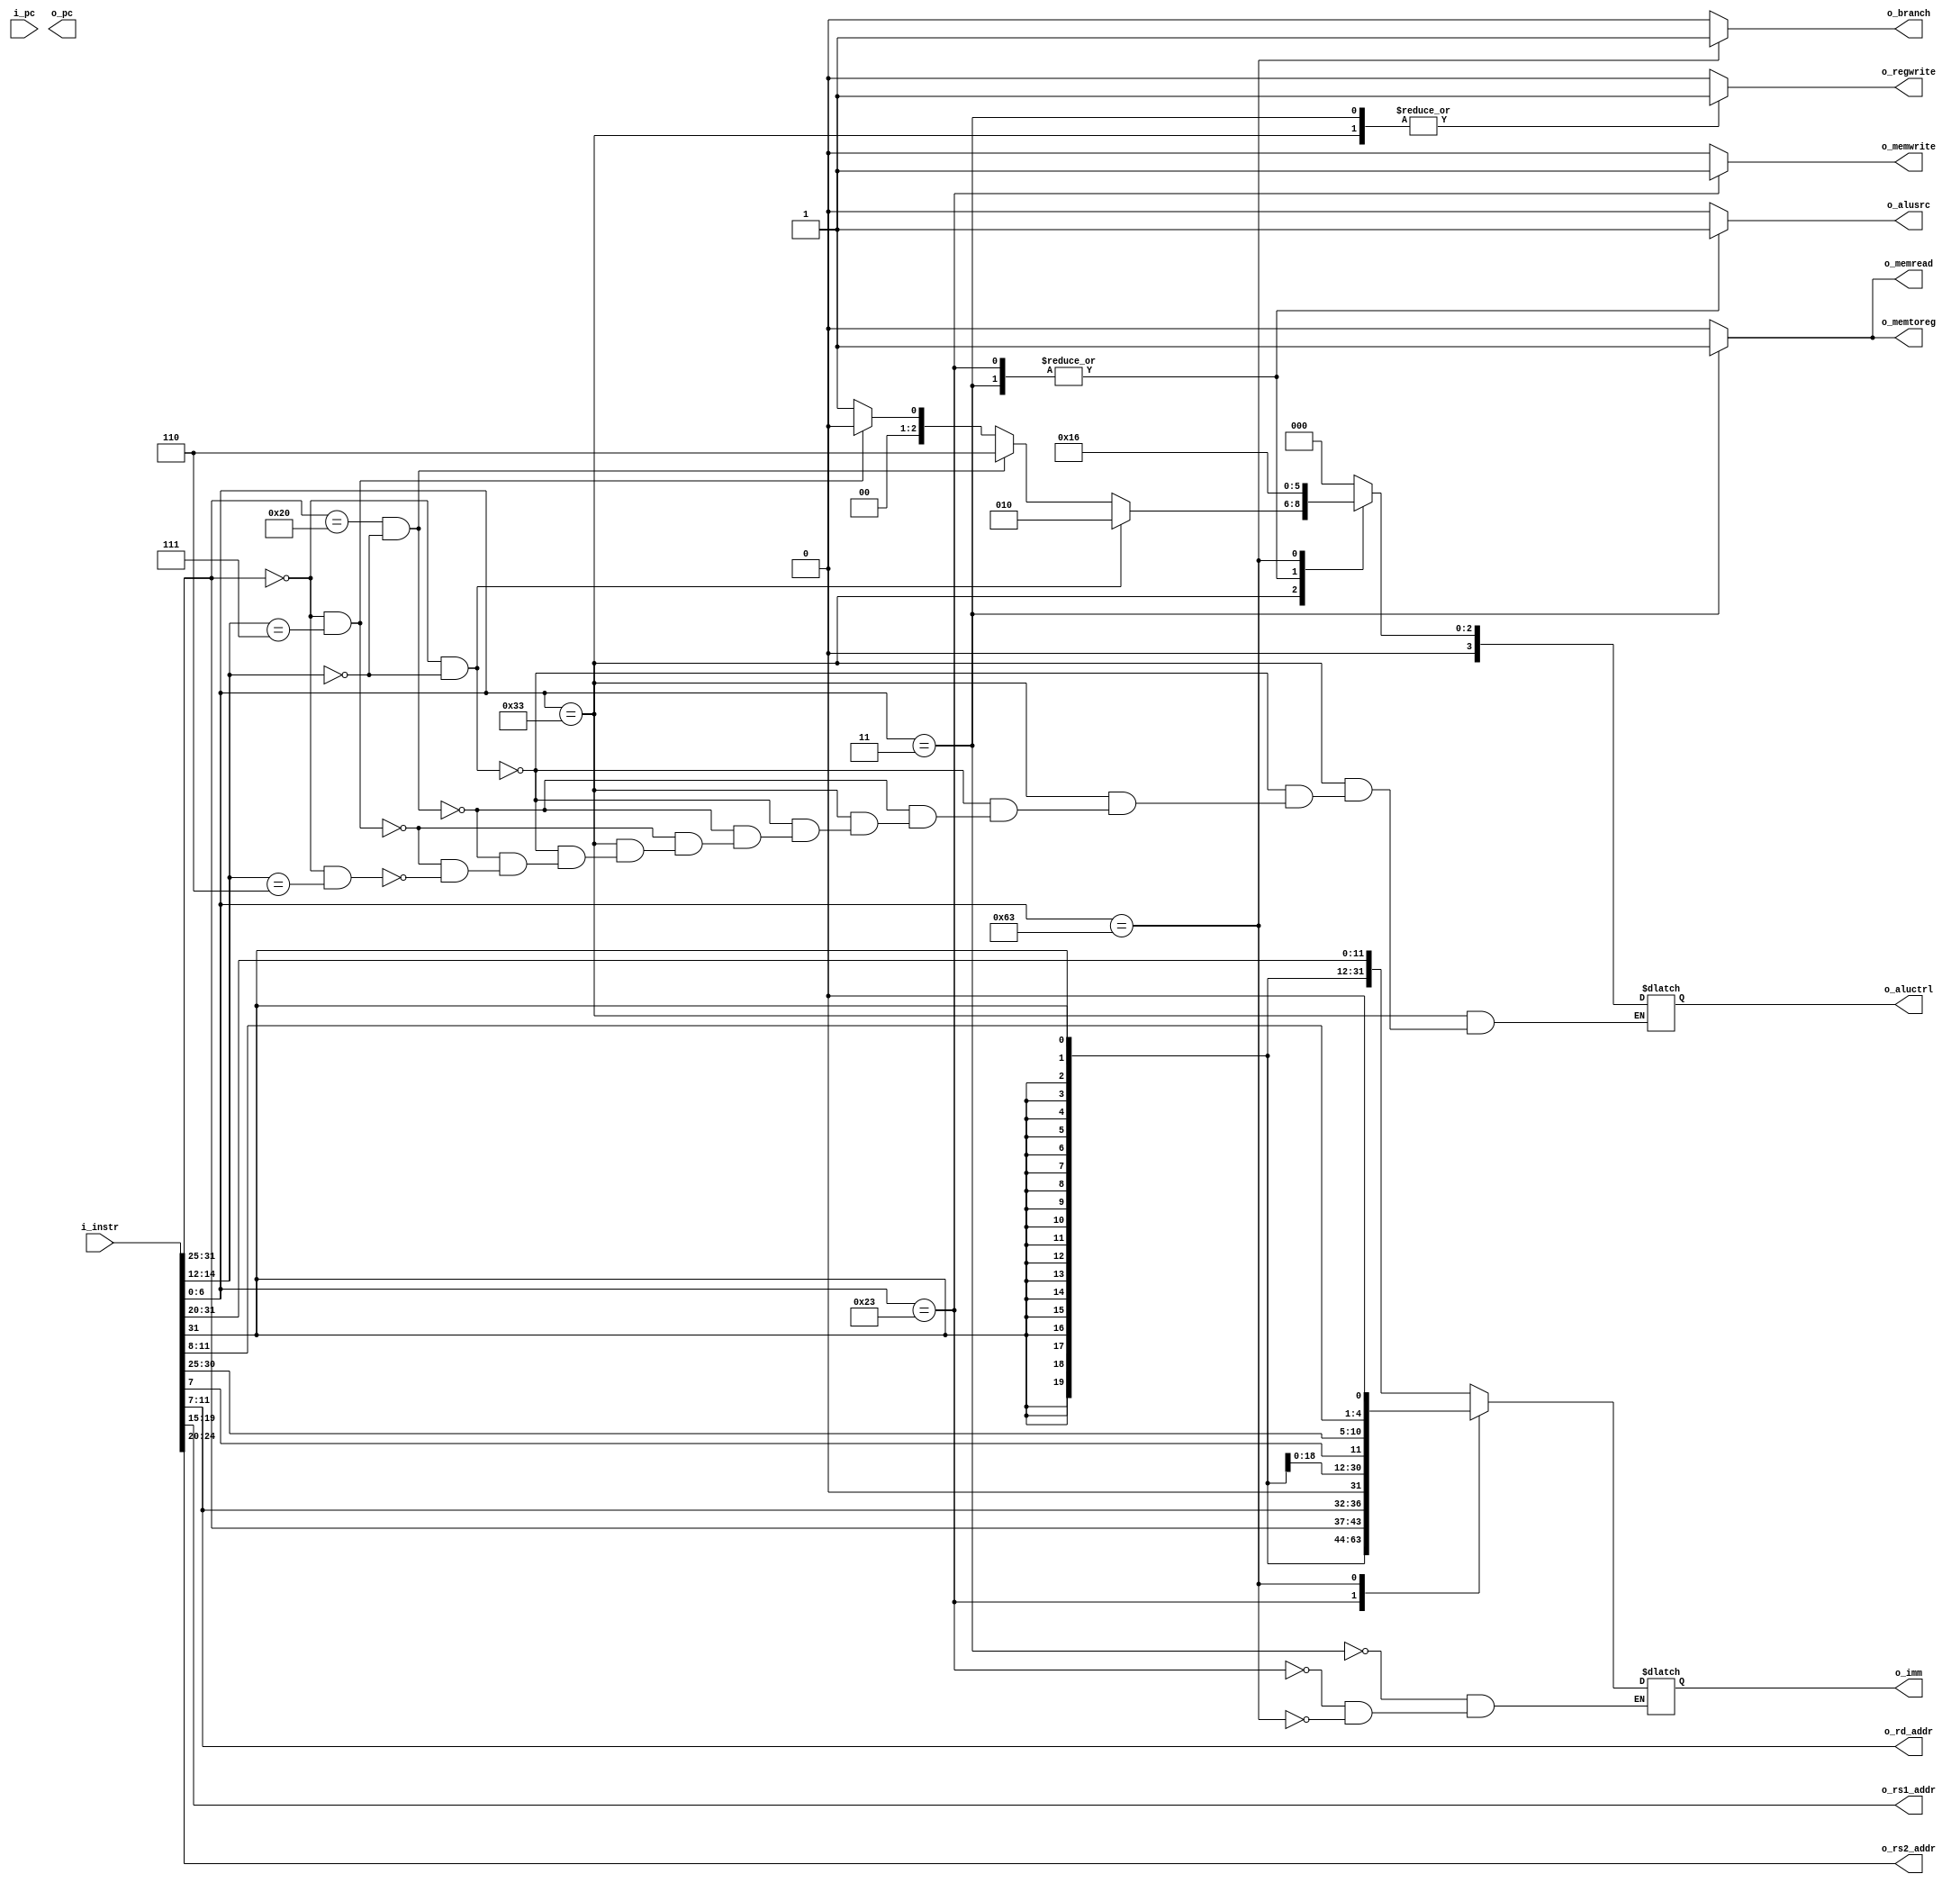
module decoder (
    input [31:0] i_instr,
    input [31:0] i_pc,
    output [31:0] o_pc,
    output reg [4:0] o_rd_addr,
    output reg [4:0] o_rs1_addr,
    output reg [4:0] o_rs2_addr,
    output reg [31:0] o_imm,
    output reg [3:0] o_aluctrl,
    output reg o_branch,
    output reg o_memread,
    output reg o_memtoreg,
    output reg o_memwrite,
    output reg o_alusrc,
    output reg o_regwrite
);   
    wire [6:0] opcode;
    wire [2:0] funct3;
    wire [6:0] funct7;
    reg [1:0] aluop;

    assign opcode = i_instr[6:0];
    assign funct3 = i_instr[14:12];
    assign funct7 = i_instr[31:25];

    always @(*) begin

        o_rs1_addr = i_instr[19:15];
        o_rs2_addr = i_instr[24:20];
        o_rd_addr = i_instr[11:7];

        case (opcode) 
            7'b0110011: begin // R-type
                if (funct7 == 7'b0000000 && funct3 == 3'b000)
                    o_aluctrl = 4'b0010; // ADD
                else if (funct7 == 7'b0100000 && funct3 == 3'b000)
                    o_aluctrl = 4'b0110; // SUB
                else if (funct7 == 7'b0000000 && funct3 == 3'b111)
                    o_aluctrl = 4'b0000; // AND
                else if (funct7 == 7'b0000000 && funct3 == 3'b110)
                    o_aluctrl = 4'b0001; // OR
                aluop = 2'b10;

                o_alusrc = 0;
                o_memread = 0;
                o_memtoreg = 0;
                o_memwrite = 0;
                o_branch = 0;
                o_regwrite = 1;
            end
            7'b0000011: begin // lw (I-type)
                aluop = 2'b00;
                o_aluctrl = 4'b0010;
                o_imm = {{20{i_instr[31]}}, i_instr[31:20]};

                o_alusrc = 1;
                o_memtoreg = 1;
                o_memwrite = 0;
                o_memread  = 1;
                o_branch = 0;
                o_regwrite = 1;
            end
            7'b0100011: begin // S-type
                aluop = 2'b00;
                o_aluctrl = 4'b0010;
                o_imm = {{20{i_instr[31]}}, i_instr[31:25], i_instr[11:7]};

                o_alusrc = 1;
                o_memread = 0;
                o_memtoreg = 0; // don't care
                o_memwrite = 1;
                o_branch = 0;
                o_regwrite = 0;
            end
            7'b1100011: begin // SB-type
                aluop = 2'b01;
                o_aluctrl = 4'b0110;
                o_imm = {{19{i_instr[31]}}, i_instr[7], i_instr[30:25], i_instr[11:8], 1'b0};

                o_alusrc = 0;
                o_memtoreg = 0; // don't care
                o_memwrite = 0;
                o_memread  = 0;
                o_branch = 1;
                o_regwrite = 0;
            end
            default: begin
                o_aluctrl = 4'b0000; // NOP or undefined behavior
                o_alusrc = 0;
                o_memtoreg = 0;
                o_memwrite = 0;
                o_memread  = 0;
                o_branch = 0;
                o_regwrite = 0;
            end
        endcase
    end

endmodule